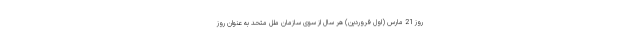
روز 21 مارس (اول فروردین) هر سال از سوی سازمان ملل متحد به عنوان روز